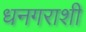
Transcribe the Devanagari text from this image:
धनगराशी